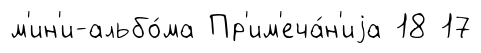
м'ин'и-альбо́ма Пр'им'еча́н'иjа 18 17